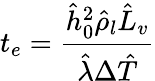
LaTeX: t_{e}=\frac{\hat{h}_{0}^{2}\hat{\rho}_{l}\hat{L}_{v}}{\hat{\lambda}\Delta\hat{T}}